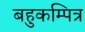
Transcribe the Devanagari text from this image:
बहुकम्पित्र